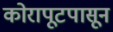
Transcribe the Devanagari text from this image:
कोरापूटपासून